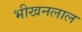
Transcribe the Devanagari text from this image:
भीखनलाल